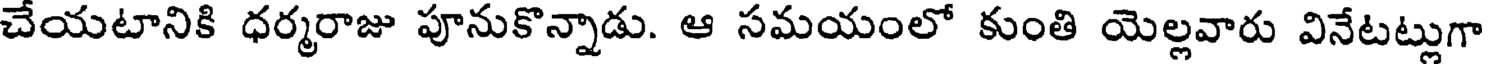
చేయటానికి ధర్మరాజు పూనుకొన్నాడు. ఆ సమయంలో కుంతి యెల్లవారు వినేటట్లుగా